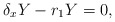
\begin{align*} \delta_xY-r_1Y=0,\end{align*}